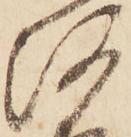
河